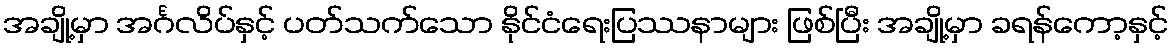
အချို့မှာ အင်္ဂလိပ်နှင့် ပတ်သက်သော နိုင်ငံရေးပြဿနာများ ဖြစ်ပြီး အချို့မှာ ခရန်ကော့နှင့်